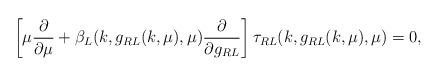
LaTeX: \begin{align*}\left[ \mu \frac{\partial}{\partial \mu}+ \beta_L(k,g_{RL}(k,\mu),\mu)\frac{\partial}{\partial g_{RL}}\right]\tau_{RL}(k,g_{RL}(k,\mu),\mu)=0,\end{align*}